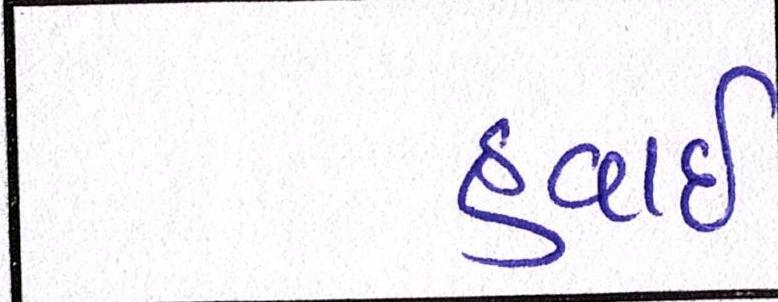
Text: હવાઇ